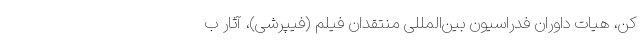
کن، هیات داوران فدراسیون بین‌المللی منتقدان فیلم (فیپرشی)، آثار ب